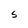
Character: S